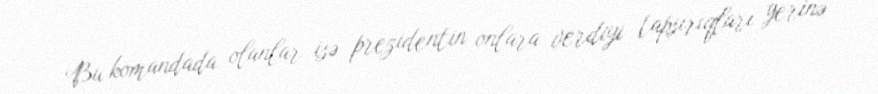
Bu komandada olanlar isə prezidentin onlara verdiyi tapşırıqları yerinə